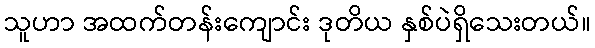
သူဟာ အထက်တန်းကျောင်း ဒုတိယ နှစ်ပဲရှိသေးတယ်။